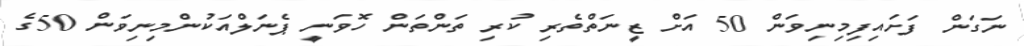
ނަގަން ފަށައިފިމިނިވަން 50 އަށް ޒީނަތްތެރި ކުރި ތަންތަން ހޮވަނީ ޕެނަލްއަކުންމިނިވަން 50ގެ